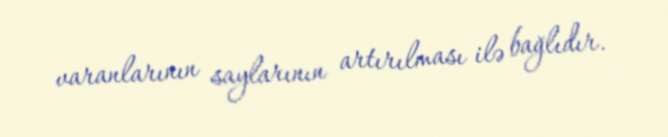
varanlarının saylarının artırılması ilə bağlıdır.